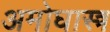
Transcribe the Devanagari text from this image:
अमोघास्त्र